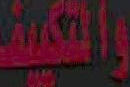
والتكيف